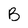
Character: B